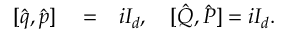
\begin{array} { r l r } { [ \hat { q } , \hat { p } ] } & { { } = } & { i I _ { d } , \quad [ \hat { Q } , \hat { P } ] = i I _ { d } . } \end{array}